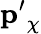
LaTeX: \mathbf{p^{\prime}}_{\chi}